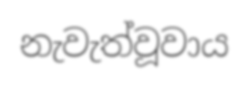
නැවැත්වූවාය